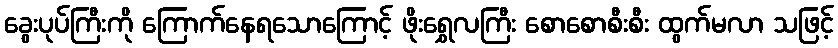
ခွေးပုပ်ကြီးကို ကြောက်နေရသောကြောင့် ဖိုးရွှေလကြီး စောစောစီးစီး ထွက်မလာ သဖြင့်